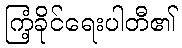
ကြံ့ခိုင်ရေးပါတီ၏